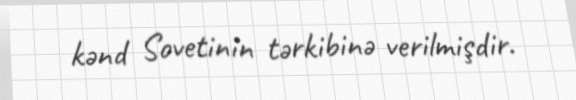
kənd Sovetinin tərkibinə verilmişdir.